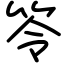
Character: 笭